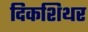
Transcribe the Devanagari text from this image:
दिकशिथर